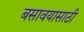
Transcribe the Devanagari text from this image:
बसावयासाठी